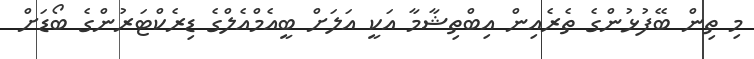
މި ތިން ބޭފުޅުންގެ ތެރެއިން އިބްތިޝާމާ އަކީ އަލަށް ބީއެމްއެލްގެ ޑިރެކްޓަރުންގެ ބޯޑަށް